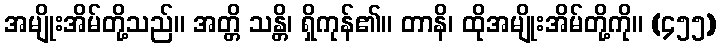
အမျိုးအိမ်တို့သည်။ အတ္တိ သန္တိ၊ ရှိကုန်၏။ တာနိ၊ ထိုအမျိုးအိမ်တို့ကို။ (၄၅၅)